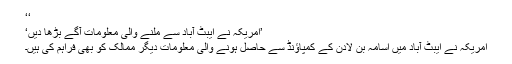
‘‘
’امریکہ نے ایبٹ آباد سے ملنے والی معلومات آگے بڑھا دیں‘
امریکہ نے ایبٹ آباد میں اسامہ بن لادن کے کمپاؤنڈ سے حاصل ہونے والی معلومات دیگر ممالک کو بھی فراہم کی ہیں۔